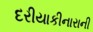
દરીયાકીનારાની